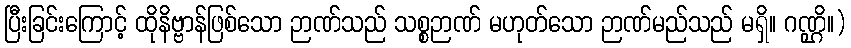
ပြီးခြင်းကြောင့် ထိုနိဗ္ဗာန်ဖြစ်သော ဉာဏ်သည် သစ္စဉာဏ် မဟုတ်သော ဉာဏ်မည်သည် မရှိ။ ဂဏ္ဌိ။)